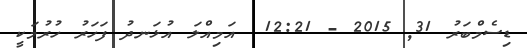
ޑިސެމްބަރު 31